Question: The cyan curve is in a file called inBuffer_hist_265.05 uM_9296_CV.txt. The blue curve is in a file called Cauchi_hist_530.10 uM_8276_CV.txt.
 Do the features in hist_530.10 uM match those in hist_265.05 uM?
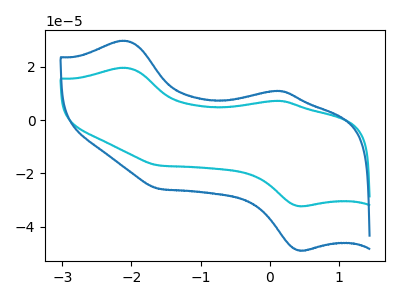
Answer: <think>The cyan curve "hist_265.05 uM" has anodic peaks at (-2.10V, 19.70uA) (0.15V, 7.25uA) and cathodic peaks at (0.45V, -32.30uA) (-1.60V, -17.00uA). The blue curve "hist_530.10 uM" has anodic peaks at (-2.10V, 29.85uA) (0.15V, 11.05uA) and cathodic peaks at (0.45V, -48.95uA) (-1.60V, -25.80uA).
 All the peaks in "hist_530.10 uM" have a peak in "hist_265.05 uM" at the same potential. Every peak in "hist_530.10 uM" is higher than every peak in "hist_265.05 uM".</think>
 <answer>"hist_530.10 uM" and "hist_265.05 uM" are similar in shape.</answer>
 <eval>same_shape</eval>